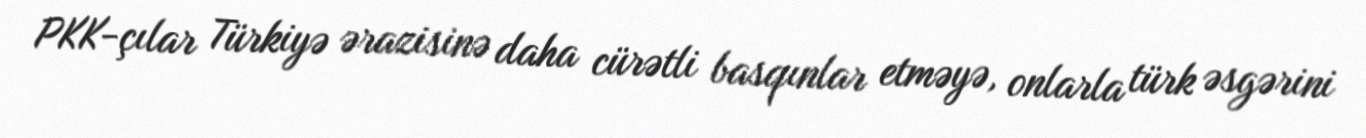
PKK-çılar Türkiyə ərazisinə daha cürətli basqınlar etməyə, onlarla türk əsgərini